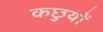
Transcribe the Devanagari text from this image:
कछुयों